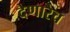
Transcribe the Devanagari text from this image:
देणारेच